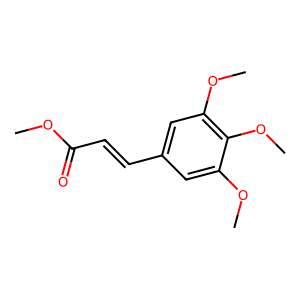
SMILES: COC(=O)C=Cc1cc(OC)c(OC)c(OC)c1
Inhibits HIV replication: No